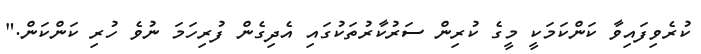
ކުރެވިފައިވާ ކަންކަމަކީ މީގެ ކުރިން ސަރުކާރުތަކުގައި އެދިގެން ފުރިހަމަ ނުވެ ހުރި ކަންކަން."